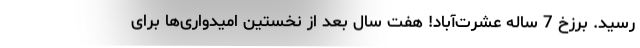
رسید. برزخ 7 ساله عشرت‌آباد! هفت سال بعد از نخستین امیدواری‌ها برای